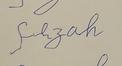
Signature authenticity: forged